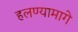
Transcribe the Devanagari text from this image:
हलण्यामागे